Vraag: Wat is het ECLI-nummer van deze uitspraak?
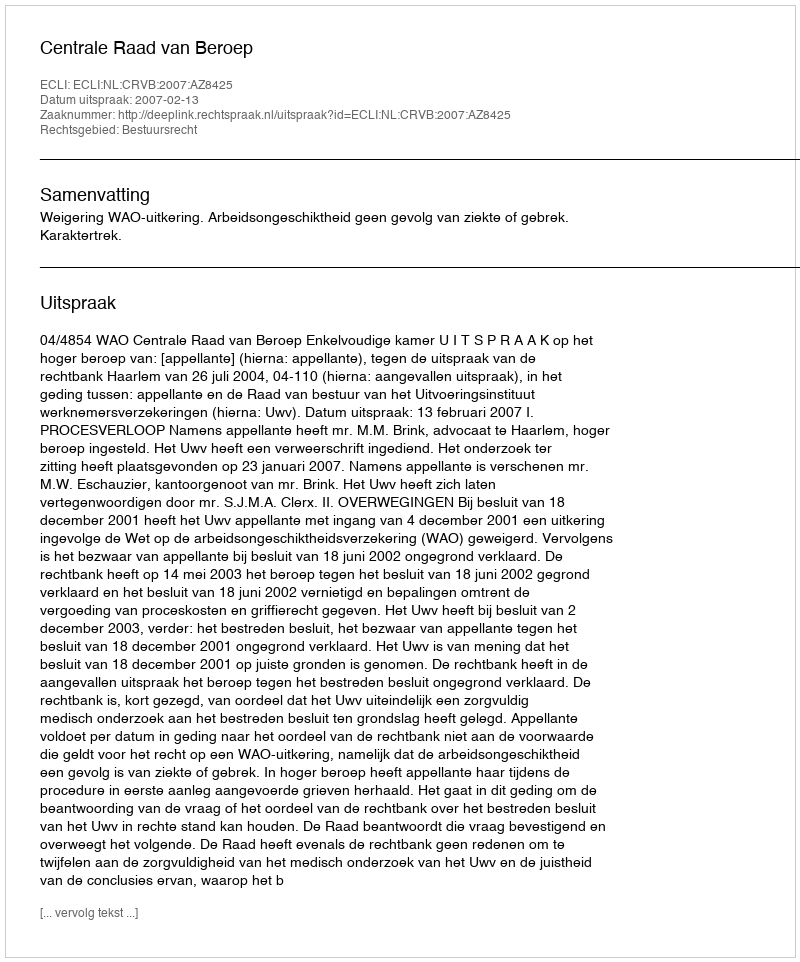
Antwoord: ECLI:NL:CRVB:2007:AZ8425